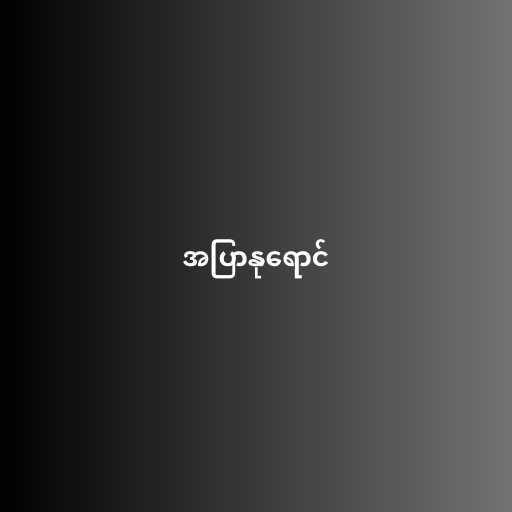
အပြာနုရောင်